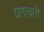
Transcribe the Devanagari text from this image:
योगाचारी